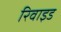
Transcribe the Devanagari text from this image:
रिवाइड